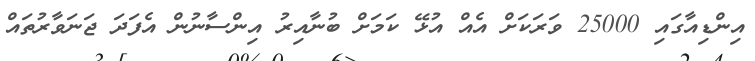
އިންޑިއާގައި 25000 ވަރަކަށް އެއް އުޅޭ ކަމަށް ބުނާއިރު އިންސާނުން އެފަދަ ޖަނަވާރުތައް